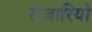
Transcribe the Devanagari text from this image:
रोज़ारियो